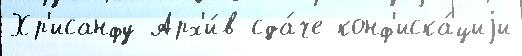
Хр'исанфу Арх'и́в сда́че конф'иска́циjи